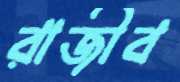
রাজীব